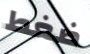
ضغط